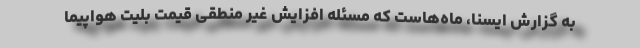
به گزارش ایسنا، ماه‌هاست که مسئله افزایش غیر منطقی قیمت بلیت هواپیما